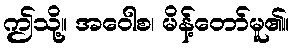
ဤသို့။ အဝေါစ၊ မိန့်တော်မူ၏။